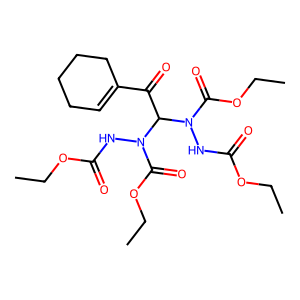
SMILES: CCOC(=O)NN(C(=O)OCC)C(C(=O)C1=CCCCC1)N(NC(=O)OCC)C(=O)OCC
Inhibits HIV replication: No